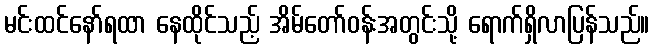
မင်းထင်နော်ရထာ နေထိုင်သည့် အိမ်တော်ဝန်းအတွင်းသို့ ရောက်ရှိလာပြန်သည်။